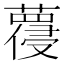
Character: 𱾯